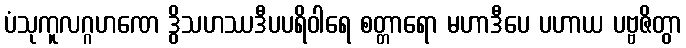
ပံသုကူလဂ္ဂဟဏေ ဒွိသဟဿဒီပပရိဝါရေ စတ္တာရော မဟာဒီပေ ပဟာယ ပဗ္ဗဇိတွာ